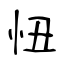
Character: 忸